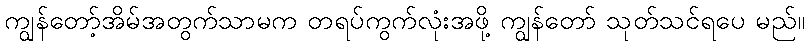
ကျွန်တော့်အိမ်အတွက်သာမက တရပ်ကွက်လုံးအဖို့ ကျွန်တော် သုတ်သင်ရပေ မည်။